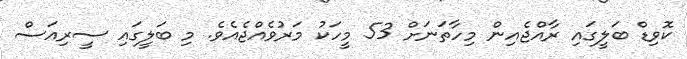
ކޮވިޑް ބަލީގައި ރާއްޖެއިން މިހާތަނަށް 53 މީހަކު މަރުވެއްޖެއެވެ. މި ބަލީގައި ސީރިއަސް